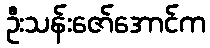
ဦးသန်းဇော်အောင်က